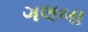
ગલબા